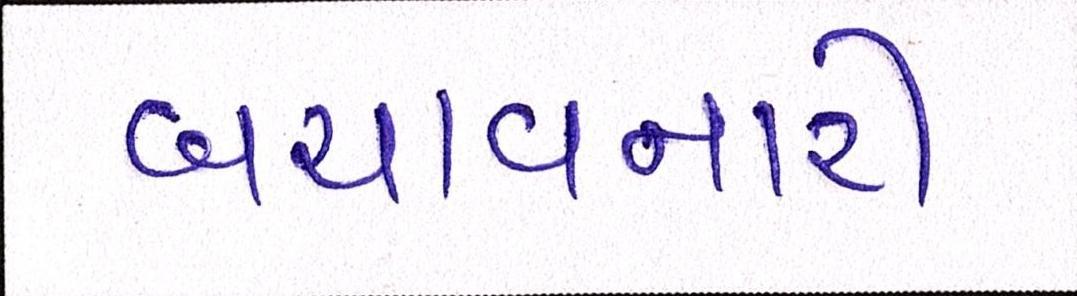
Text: બચાવનારી